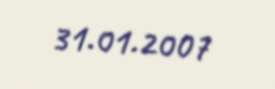
31.01.2007